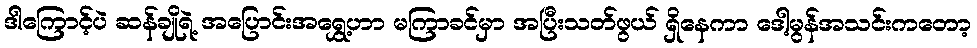
ဒါကြောင့်ပဲ ဆန်ချိုရဲ့ အပြောင်းအရွှေ့ဟာ မကြာခင်မှာ အပြီးသတ်ဖွယ် ရှိနေကာ ဒေါ့မွန်အသင်းကတော့